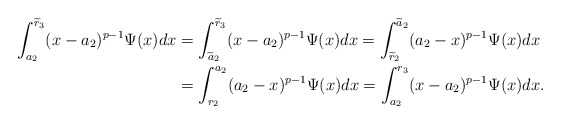
\begin{align*}\int_{a_2}^{\widetilde r_3} (x-a_2)^{p-1}\Psi(x)dx&=\int_{\widetilde a_2}^{\widetilde r_3} (x-a_2)^{p-1}\Psi(x)dx=\int_{\widetilde r_2}^{\widetilde a_2} (a_2-x)^{p-1}\Psi(x)dx\\&=\int_{r_2}^{a_2}(a_2-x)^{p-1} \Psi(x)dx=\int_{a_2}^{r_3}(x-a_2)^{p-1}\Psi(x)dx.\end{align*}